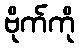
ဗိုက်ကို